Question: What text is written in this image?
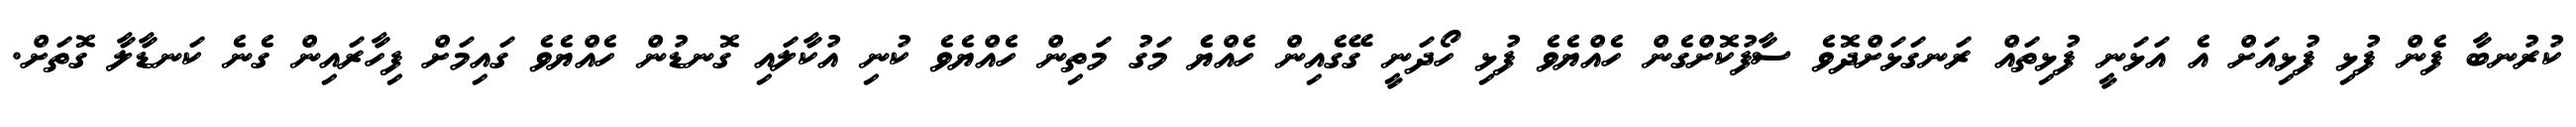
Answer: ކުރުނބާ ފެން ފުޅި ފުޅިއަށް އެ އަޅަނީ ފުޅިތައް ރަނގަޅަށްދޮވެ ސާފުކޮށްގެން ހެއްޔެވެ ފުޅި ހޯދަނީ ގޭގެއިން ހެއްޔެެ މަގު މަތިން ހެއްޔެވެ ކުނި އުކާލައި ގޮނޑުން ހެއްޔެވެ ގައިމަށް ފިހާރައިން ގެނެ ކަނޑާލާ ގޮތަށް.